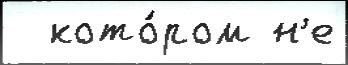
  кото́ром н'е